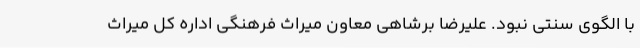
با الگوی سنتی نبود. علیرضا برشاهی معاون میراث فرهنگی اداره کل میراث